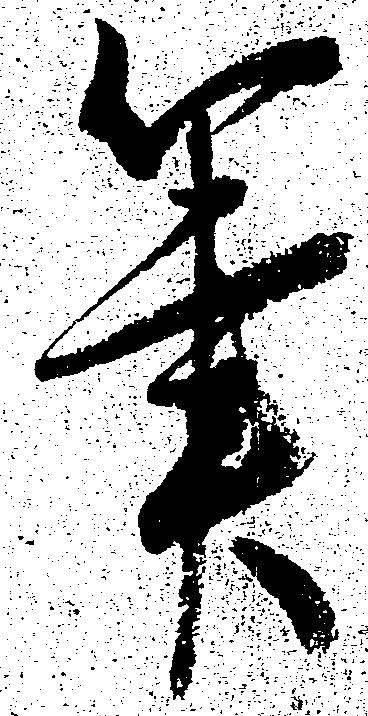
筆